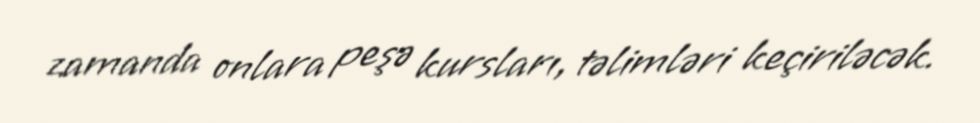
zamanda onlara peşə kursları, təlimləri keçiriləcək.